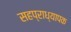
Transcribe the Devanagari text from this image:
सहप्राध्यापक